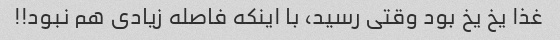
غذا یخ یخ بود وقتی رسید، با اینکه فاصله زیادی هم نبود!!